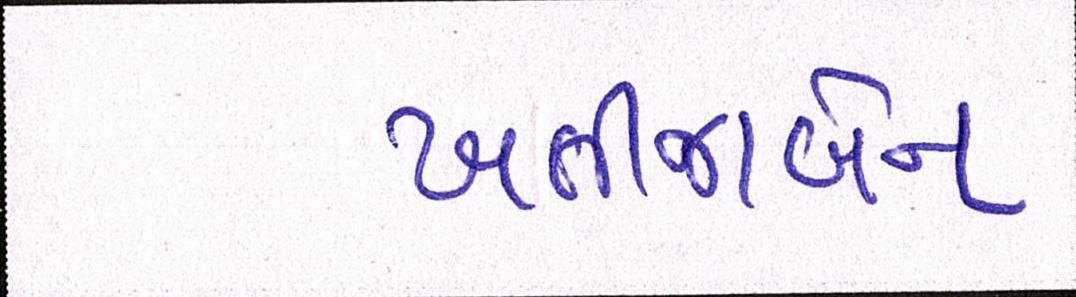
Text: ખતીજાબેન